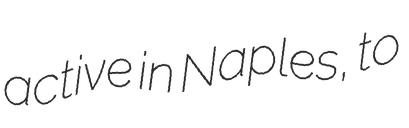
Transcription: active in Naples, to